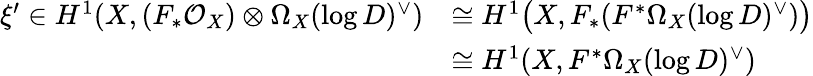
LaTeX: \begin{array}{rl}{\xi^{\prime}\in H^{1}(X,(F_{*}\mathcal O_{X})\otimes\Omega_{X}(\mathrm{log}\, D)^{\vee})}&{\cong H^{1}\big(X,F_{*}(F^{*}\Omega_{X}(\mathrm{log}\, D)^{\vee})\big)}\\ &{\cong H^{1}(X,F^{*}\Omega_{X}(\mathrm{log}\, D)^{\vee})}\end{array}